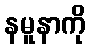
နမူနာကို